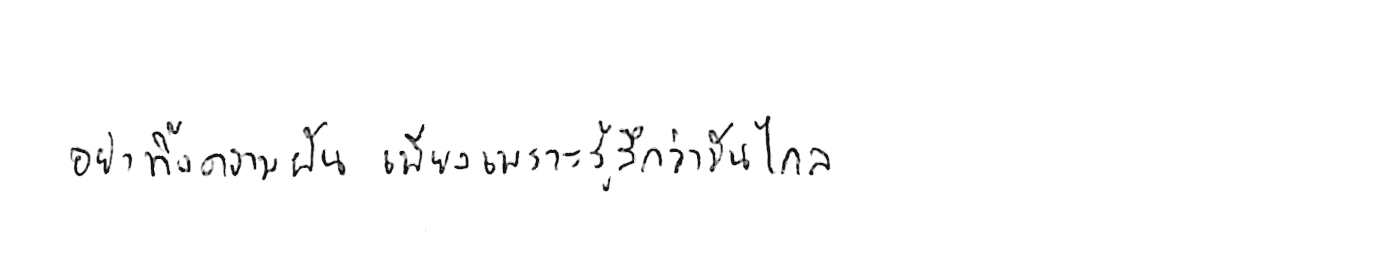
อย่าทิ้งความฝัน เพียงเพราะรู้สึกว่ามันไกล